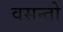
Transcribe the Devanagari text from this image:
वसन्तो